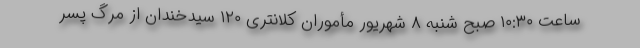
ساعت ۱۰:۳۰ صبح شنبه ۸ شهریور مأموران کلانتری ۱۲۰ سیدخندان از مرگ پسر